Annual report on the Civil Veterinary Department, Burma (including the Insein Veterinary School) - 1923-1931
Year: 1923
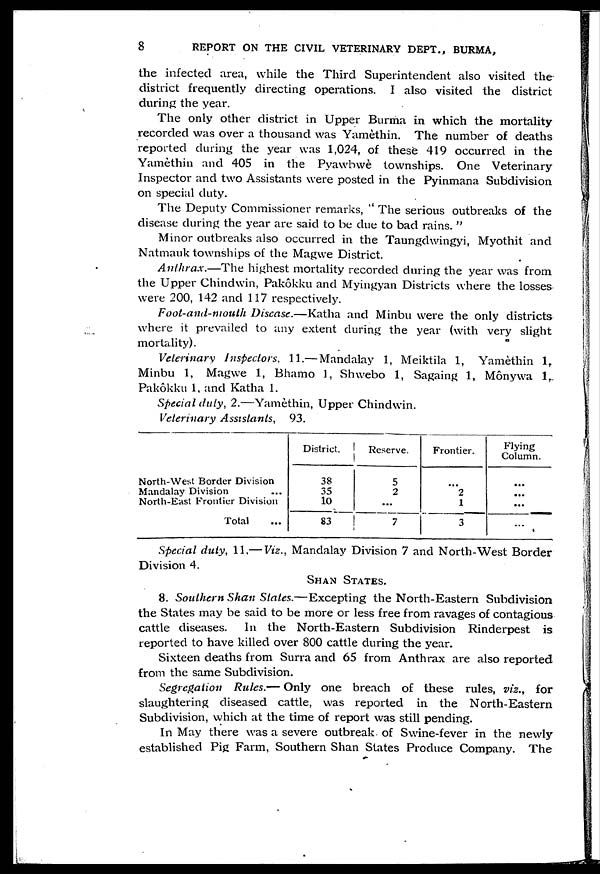
8
REPORT ON THE CIVIL VETERINARY DEPT., BURMA,
the infected area, while the Third Superintendent also visited the
district frequently directing operations. I also visited the district
during the year.
The only other district in Upper Burma in which the mortality
recorded was over a thousand was Yamethin. The number of deaths
reported during the year was 1,024, of these 419 occurred in the
Yamethin and 405 in the Pyawbwè townships. One Veterinary
Inspector and two Assistants were posted in the Pyinmana Subdivision
on special duty.
The Deputy Commissioner remarks, " The serious outbreaks of the
disease during the year are said to be due to bad rains. "
Minor outbreaks also occurred in the Taungdwingyi, Myothit and
Natmauk townships of the Magwe District.
Anthrax.—The
highest mortality recorded during the year was from
the Upper Chindwin, Pakôkku and Myingyan Districts where the losses
were 200, 142 and 117 respectively.
Foot-and-mouth Disease.—Katha
and Minbu were the only districts
where it prevailed to any extent during the year (with very slight
mortality).
Veterinary Inspectors, 11.— Mandalay 1, Meiktila 1, Yamethin l,
Minbu 1, Magwe 1, Bhamo 1, Shwebo 1, Sagaing 1, Mônywa 1,
Pakôkku 1, and Katha 1.
Special duty, 2.—Yamôthin, Upper Chindwin.
Veterinary Assistants,
93.
North-West Border Division
Mandalay Division ...
North-East Frontier Division
Total ...
District.
38
35
10
83
Reserve.
5
2
...
7
Frontier.
...
2
1
3
Flying
Column.
...
...
...
...
Special duty, 11.— Viz., Mandalay Division 7 and North-West Border
Division 4.
SHAN STATES.
8. Southern Shan States.—Excepting
the North-Eastern Subdivision
the States may be said to be more or less free from ravages of contagious
cattle diseases.
In the North-Eastern Subdivision Rinderpest is
reported to have killed over 800 cattle during the year.
Sixteen deaths from Surra and 65 from Anthrax are also reported
from the same Subdivision.
Segregation
Rules.— Only one breach of these rules, viz., for
slaughtering diseased cattle, was reported in the North-Eastern
Subdivision, which at the time of report was still pending.
In May there was a severe outbreak of Swine-fever in the newly
established Pig Farm, Southern Shan States Produce Company. The